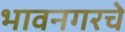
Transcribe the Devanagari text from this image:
भावनगरचे